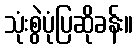
သုံးစွဲပုံပြဆိုခန်း။